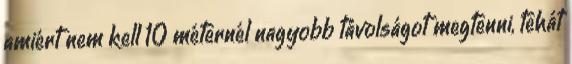
amiért nem kell 10 méternél nagyobb távolságot megtenni, tehát